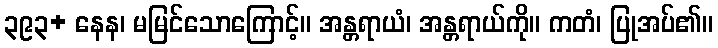
၃၉၃+ နေန၊ မမြင်သောကြောင့်။ အန္တရာယံ၊ အန္တရာယ်ကို။ ကတံ၊ ပြုအပ်၏။